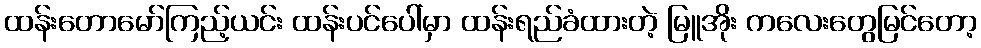
ထန်းတောမော်ကြည့်ယင်း ထန်းပင်ပေါ်မှာ ထန်းရည်ခံထားတဲ့ မြူအိုး ကလေးတွေမြင်တော့